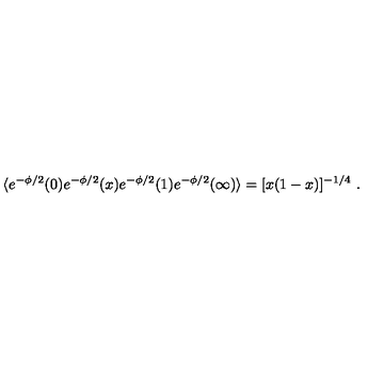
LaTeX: \langle e ^ { - \phi / 2 } ( 0 ) e ^ { - \phi / 2 } ( x ) e ^ { - \phi / 2 } ( 1 ) e ^ { - \phi / 2 } ( \infty ) \rangle = [ x ( 1 - x ) ] ^ { - 1 / 4 } \ .